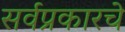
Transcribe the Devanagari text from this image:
सर्वप्रकारचे